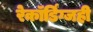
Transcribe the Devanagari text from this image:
रेकॉर्डिंग्जही